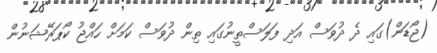
(ޖޯޑަން)ގައި ދެ ދުވަސް އަދި ފަލަސްތީނުގައި ތިން ދުވަސް ކަމަށް ހައްޖު ކޯޕަރޭޝަނުން